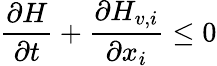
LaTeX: \frac{\partial H}{\partial t}+\frac{\partial H_{v,i}}{\partial x_{i}}\leq 0